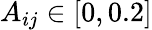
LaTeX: A_{ij}\in[0,0.2]